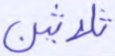
ثلاثين